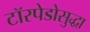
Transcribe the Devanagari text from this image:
टॉरपेडोसुद्धा